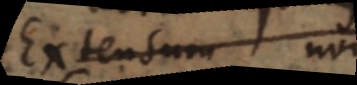
Extensum non